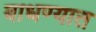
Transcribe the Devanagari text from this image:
बाधण्यात